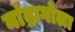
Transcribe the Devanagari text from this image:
मांद्रागोला